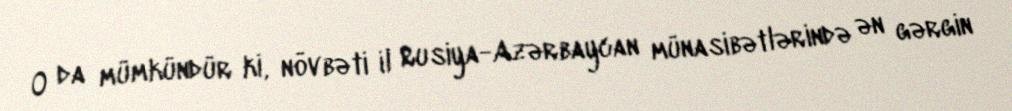
O da mümkündür ki, növbəti il Rusiya-Azərbaycan münasibətlərində ən gərgin